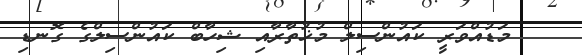
މަޑުއްވަރީ ކައުންސިލް މުޚުތާރާއި ޝިހާބް ކައުންސިލްގެ ގޮނޑި